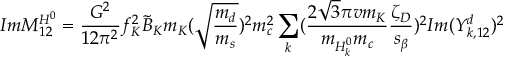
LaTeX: I m M _ { 1 2 } ^ { H ^ { 0 } } = \frac { G ^ { 2 } } { 1 2 \pi ^ { 2 } } f _ { K } ^ { 2 } \tilde { B } _ { K } m _ { K } ( \sqrt { \frac { m _ { d } } { m _ { s } } } ) ^ { 2 } m _ { c } ^ { 2 } \sum _ { k } ( \frac { 2 \sqrt { 3 } \pi v m _ { K } } { m _ { H _ { k } ^ { 0 } } m _ { c } } \frac { \zeta _ { D } } { s _ { \beta } } ) ^ { 2 } I m ( Y _ { k , 1 2 } ^ { d } ) ^ { 2 }